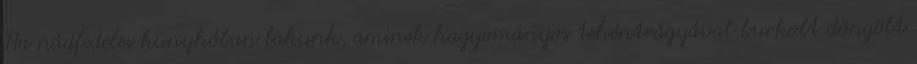
Ha nádfedeles kunyhóban lakunk, aminek hagyományos tehéntrágyával burkolt döngölt